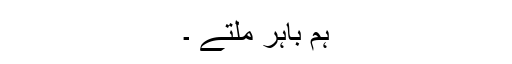
ہم باہر ملتے ۔